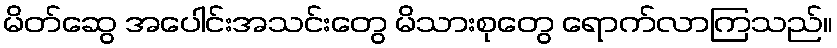
မိတ်ဆွေ အပေါင်းအသင်းတွေ မိသားစုတွေ ရောက်လာကြသည်။